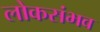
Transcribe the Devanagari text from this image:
लोकसंभव